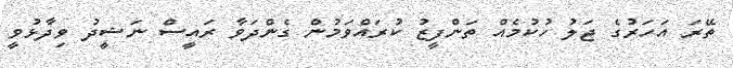
ތޭރަ އަހަރުގެ ޖަލު ހުކުމެއް ތަންފީޒު ކުރައްވަމުން ގެންދަވާ ރައީސް ނަޝީދު ވިދާޅުވީ